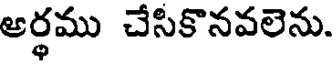
అర్థము చేసికొనవలెను.